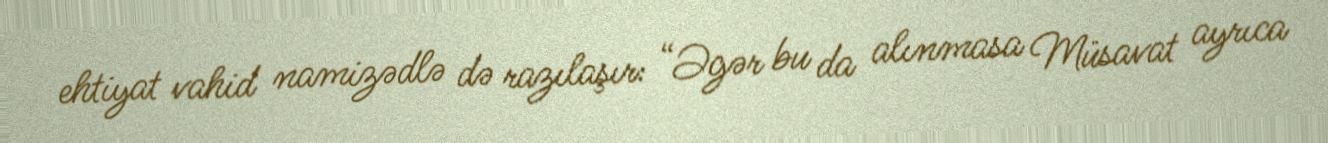
ehtiyat vahid namizədlə də razılaşır: “Əgər bu da alınmasa Müsavat ayrıca